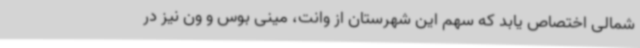
شمالی اختصاص یابد که سهم این شهرستان از وانت، مینی بوس و ون نیز در